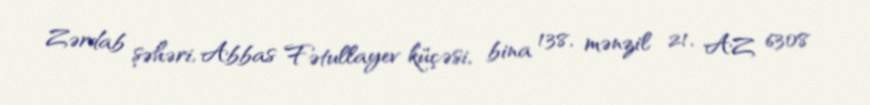
Zərdab şəhəri, Abbas Fətullayev küçəsi, bina 138, mənzil 21, AZ 6308